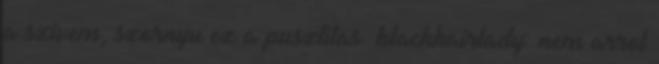
a szivem, szornyu ez a pusztitas. blackhairlady: nem arrol